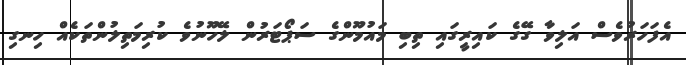
އެފަހަރުވެސް އަލިވާ ގޭގެ ކައިރީގައި ތިބި މައުމޫންގެ ސަޕޯޓަރުން ލޭހޫނުވެ ކުރިމަތިލުންތަކެއް ހިނގި